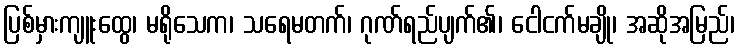
ပြစ်မှားကျူးထွေ၊ မရိုသေက၊ သရေမတက်၊ ဂုဏ်ရည်ပျက်၏၊ ငေါငက်မချို၊ အဆိုအမြည်၊